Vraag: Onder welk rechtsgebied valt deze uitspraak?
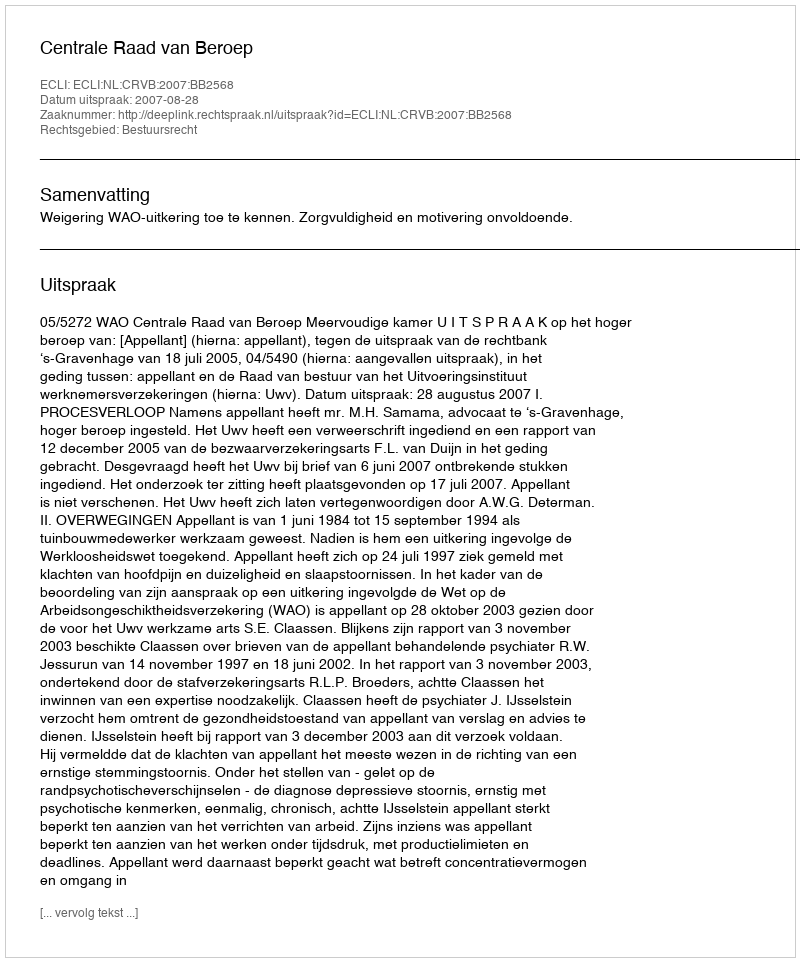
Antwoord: Bestuursrecht